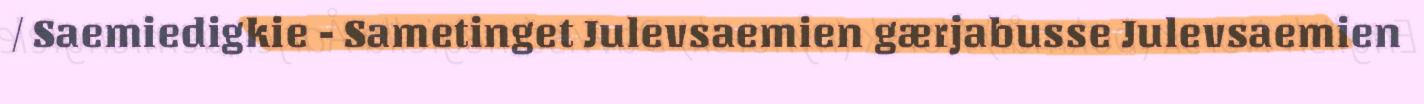
/ Saemiedigkie - Sametinget Julevsaemien gærjabusse Julevsaemien